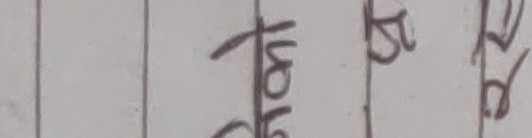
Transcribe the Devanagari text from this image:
जाई र ति